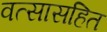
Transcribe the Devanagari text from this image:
वत्सासहित